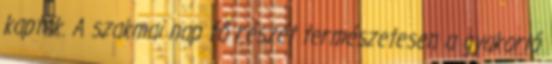
kaptak. A szakmai nap fő részét természetesen a gyakorló